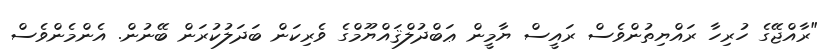
"ރާއްޖޭގެ ހުރިހާ ރައްޔިތުންވެސް ރައީސް ޔާމީން ޢަބްދުލްޤައްޔޫމްގެ ވެރިކަން ބަދަލުކުރަން ބޭނުން. އެންމެންވެސް